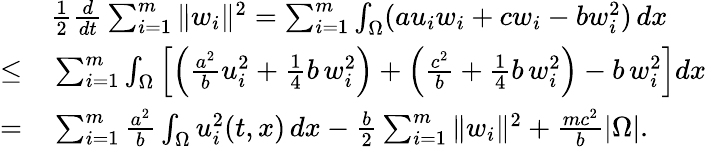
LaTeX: \begin{array}{rl}&{\frac{1}{2}\frac{d}{dt}\sum_{i=1}^{m}\| w_{i}\| ^{2}=\sum_{i=1}^{m}\int_{\Omega}(au_{i}w_{i}+cw_{i}-bw_{i}^{2})\, dx}\\ {\leq}&{\, \sum_{i=1}^{m}\int_{\Omega}\left[\left(\frac{a^{2}}{b}u_{i}^{2}+\frac{1}{4}b\, w_{i}^{2}\right)+\left(\frac{c^{2}}{b}+\frac{1}{4}b\, w_{i}^{2}\right)-b\, w_{i}^{2}\right]dx}\\ {=}&{\, \sum_{i=1}^{m}\frac{a^{2}}{b}\int_{\Omega}u_{i}^{2}(t,x)\, dx-\frac{b}{2}\sum_{i=1}^{m}\| w_{i}\| ^{2}+\frac{mc^{2}}{b}|\Omega|.}\end{array}